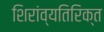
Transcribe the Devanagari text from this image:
शिरांव्यतिरिक्त